Malarial fevers
Disease focus: Malaria
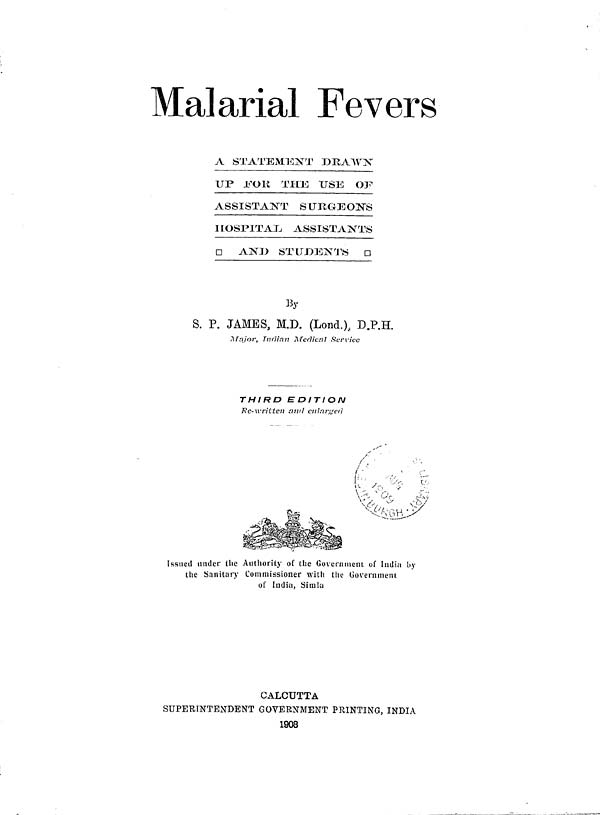
Malarial Fevers
A STATEMENT DRAWN
UP .FOR THE USE OF
ASSISTANT SURGEON'S
HOSPITAL ASSISTANTS
[ ] AND STUDENTS
D
By
S. P. JAMES, M.D. (Lond.), D.P.H.
Major, Indian Medical Service
THIRD EDITION
Re-written and enlarged
Issued under the Authority of the Government of India by
the Sanitary Commissioner with the Government
of India, Simla
CALCUTTA
SUPERINTENDENT GOVERNMENT PRINTING, INDIA
1908